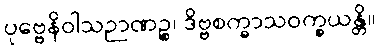
ပုဗ္ဗေနိဝါသဉာဏဉ္စ၊ ဒိဗ္ဗစက္ခာသဝက္ခယန္တိ။